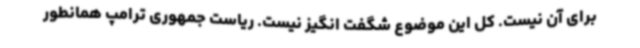
برای آن نیست. کل این موضوع شگفت انگیز نیست. ریاست جمهوری ترامپ همانطور